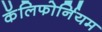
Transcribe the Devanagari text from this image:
कॅलिफोर्नियम